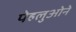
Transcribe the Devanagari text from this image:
पेहलुओने